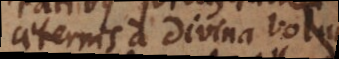
ternis a divina volunta